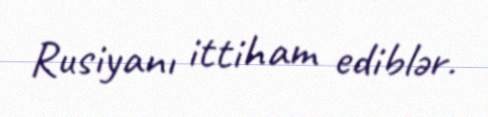
Rusiyanı ittiham ediblər.